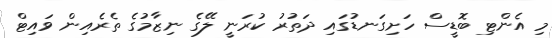
މި އެންޓި ބޮޑީސް ހަށިގަނޑުގައި ދަތުރު ކުރަނީ ލޭގެ ނިޒާމުގެ ތެރެއިން ވައިޓް